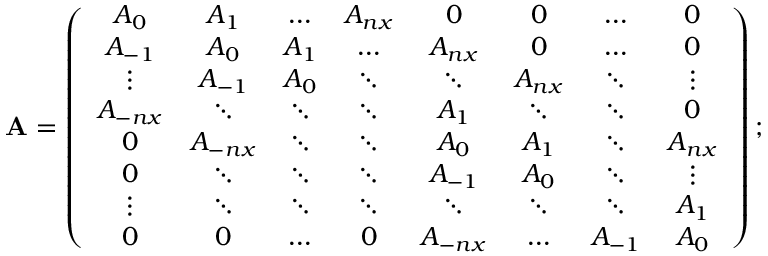
\mathbf { A } = \left( \begin{array} { c c c c c c c c } { A _ { 0 } } & { A _ { 1 } } & { \ldots } & { A _ { n x } } & { 0 } & { 0 } & { \ldots } & { 0 } \\ { A _ { - 1 } } & { A _ { 0 } } & { A _ { 1 } } & { \ldots } & { A _ { n x } } & { 0 } & { \ldots } & { 0 } \\ { \vdots } & { A _ { - 1 } } & { A _ { 0 } } & { \ddots } & { \ddots } & { A _ { n x } } & { \ddots } & { \vdots } \\ { A _ { - n x } } & { \ddots } & { \ddots } & { \ddots } & { A _ { 1 } } & { \ddots } & { \ddots } & { 0 } \\ { 0 } & { A _ { - n x } } & { \ddots } & { \ddots } & { A _ { 0 } } & { A _ { 1 } } & { \ddots } & { A _ { n x } } \\ { 0 } & { \ddots } & { \ddots } & { \ddots } & { A _ { - 1 } } & { A _ { 0 } } & { \ddots } & { \vdots } \\ { \vdots } & { \ddots } & { \ddots } & { \ddots } & { \ddots } & { \ddots } & { \ddots } & { A _ { 1 } } \\ { 0 } & { 0 } & { \ldots } & { 0 } & { A _ { - n x } } & { \ldots } & { A _ { - 1 } } & { A _ { 0 } } \end{array} \right) ;